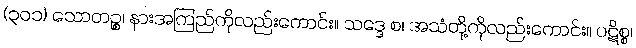
(၃၀၁) သောတဉ္စ၊ နားအကြည်ကိုလည်းကောင်း။ သဒ္ဒေ စ၊ အသံတို့ကိုလည်းကောင်း။ ပဋိစ္စ၊